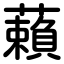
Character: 藾